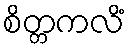
စိတ္တကလိံ